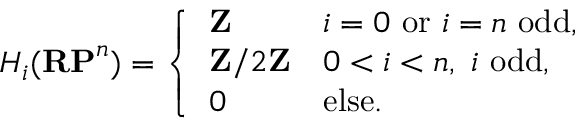
H _ { i } ( \mathbf { R P } ^ { n } ) = { \left\{ \begin{array} { l l } { \mathbf { Z } } & { i = 0 { \mathrm { ~ o r ~ } } i = n { \mathrm { ~ o d d , } } } \\ { \mathbf { Z } / 2 \mathbf { Z } } & { 0 < i < n , \ i \ { \mathrm { o d d , } } } \\ { 0 } & { { \mathrm { e l s e . } } } \end{array} \right. }